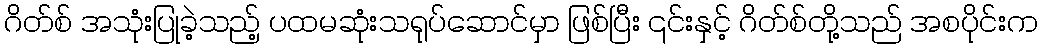
ဂိတ်စ် အသုံးပြုခဲ့သည့် ပထမဆုံးသရုပ်ဆောင်မှာ ဖြစ်ပြီး ၎င်းနှင့် ဂိတ်စ်တို့သည် အစပိုင်းက